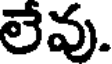
లేవు.